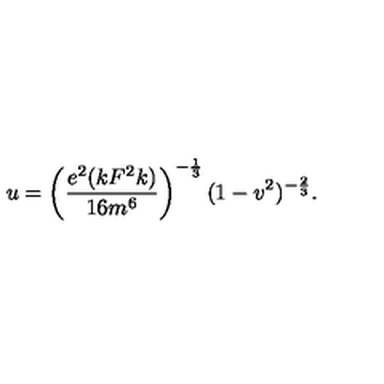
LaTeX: u = \left( \frac { e ^ { 2 } ( k F ^ { 2 } k ) } { 1 6 m ^ { 6 } } \right) ^ { - \frac { 1 } { 3 } } ( 1 - v ^ { 2 } ) ^ { - \frac { 2 } { 3 } } .